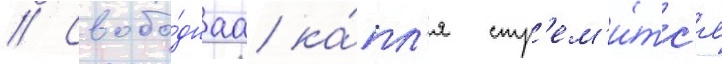
// Свобо́днаа ка́пл'я стр'ем'и́тс'я